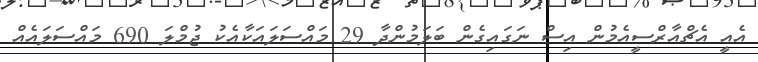
އެއީ އެޗްއާރްސީއެމުން އިސް ނަގައިގެން ބަލަމުންދާ 29 މައްސަލައަކާއެކު ޖުމްލަ 690 މައްސަލައެއް